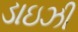
ડાઇઝી